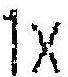
1X